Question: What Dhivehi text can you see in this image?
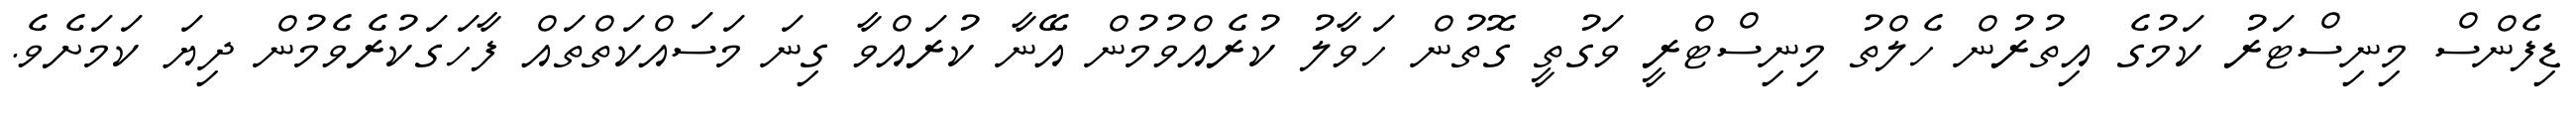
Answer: ޑިފެންސް މިނިސްޓަރު ކަމުގެ އިތުރުން ހެލްތު މިނިސްޓްރީ ވަގުތީ ގޮތުން ހަވާލު ކުރެއްވުމުން އޭނާ ކުރައްވާ ގިނަ މަސައްކަތްތައް ފާހަގަކުރެވެމުން ދިޔަ ކަމަށެވެ.